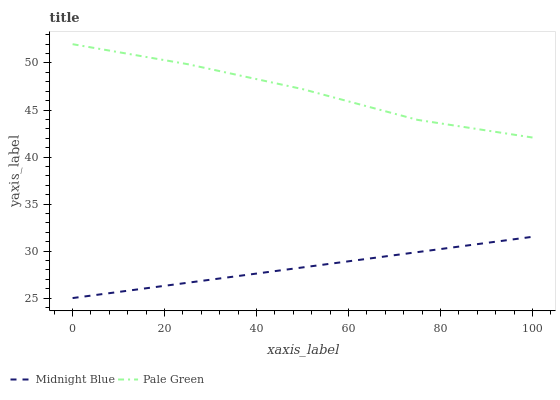
| xaxis_label | Midnight Blue | Pale Green |
 | --- | --- | --- |
 | 0 | 25 | 52 |
 | 25 | 26.6 | 49.9 |
 | 50 | 28.3 | 47.2 |
 | 75 | 29.9 | 44 |
 | 100 | 31.5 | 42.1 |